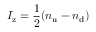
I _ { \mathrm { z } } = { \frac { 1 } { 2 } } ( n _ { \mathrm { u } } - n _ { \mathrm { d } } )